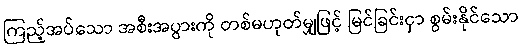
ကြည့်အပ်သော အစီးအပွားကို တစ်မဟုတ်မျှဖြင့် မြင်ခြင်းငှာ စွမ်းနိုင်သော